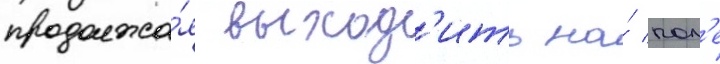
продолжа́я выход'ить на́ пол'е